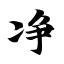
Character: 净